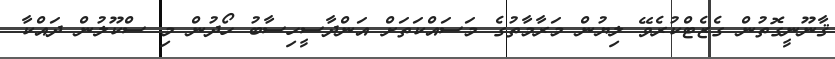
ޤާނޫނީގޮތުން ގެޒެޓްކުރެވޭ ލިޔުން މަރާމާތުގެ މަސައްކަތަށް އަންދާސީހިސާބު ހޯދުން މި ސްކޫލުން ދައްކާ